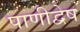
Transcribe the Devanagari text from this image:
पाणीद्वेष